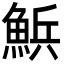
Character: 𮫽